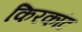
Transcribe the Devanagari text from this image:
किरकांट